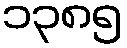
၁၃၈၅